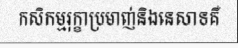
កសិកម្មរុក្ខាប្រមាញ់និងនេសាទគឺ